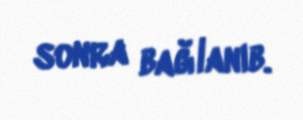
sonra bağlanıb.